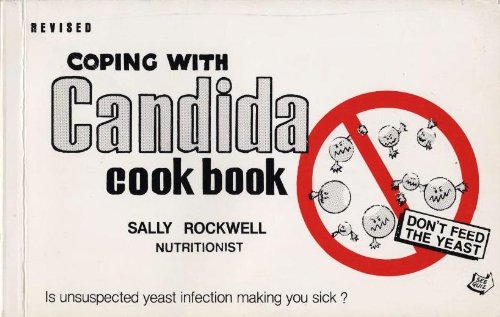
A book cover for Coping with Candida Cookbook; Sally Rockwell; Health, Fitness & Dieting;